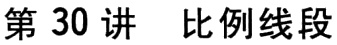
第 30 讲  比例线段